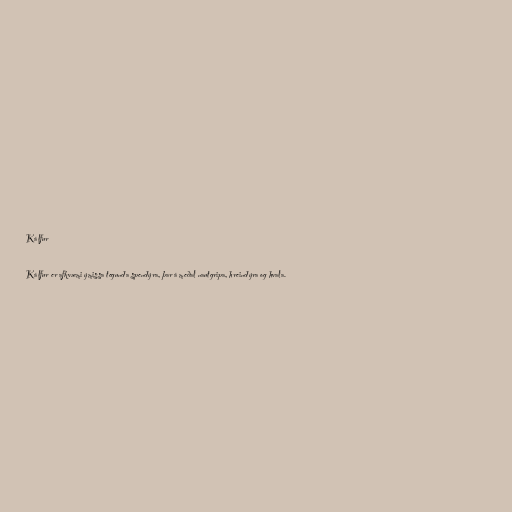
Kálfur

Kálfur er afkvæmi ýmissa tegunda spendýra, þar á meðal nautgripa, hreindýra og hvala.